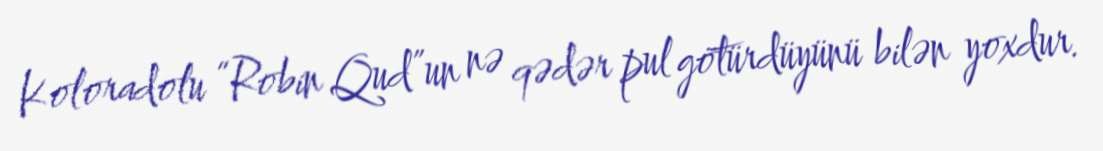
Koloradolu “Robin Qud”un nə qədər pul götürdüyünü bilən yoxdur.